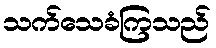
သက်သေခံကြသည်